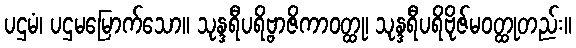
ပဌမံ၊ ပဌမမြောက်သော။ သုန္ဒရီပရိဗ္ဗာဇိကာဝတ္ထု၊ သုန္ဒရီပရိဗိုဇ်မဝတ္ထုတည်း။